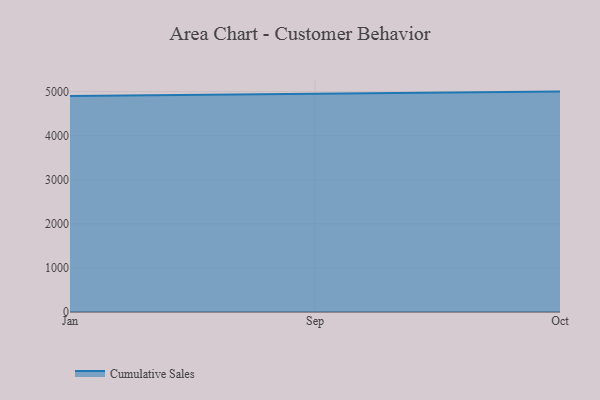
{"axis": {"x": "Month", "y": "Revenue (USD Million)"}, "legend": ["Cumulative Sales"], "data": [{"x": "Jan", "y": 4902.7, "type": "Cumulative Sales"}, {"x": "Sep", "y": 4954.5, "type": "Cumulative Sales"}, {"x": "Oct", "y": 5000, "type": "Cumulative Sales"}]}